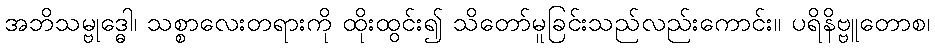
အဘိသမ္ဗုဒ္ဓေါ၊ သစ္စာလေးတရားကို ထိုးထွင်း၍ သိတော်မူခြင်းသည်လည်းကောင်း။ ပရိနိဗ္ဗူတောစ၊